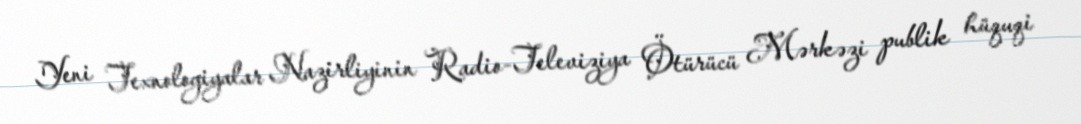
Yeni Texnologiyalar Nazirliyinin Radio-Televiziya Ötürücü Mərkəzi publik hüquqi